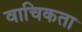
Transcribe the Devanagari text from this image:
वाचिकता